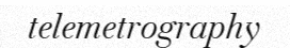
telemetrography